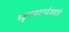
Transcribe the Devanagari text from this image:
मञ्जुनाथवाग्वैजयंती